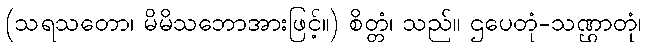
(သရသတော၊ မိမိသဘောအားဖြင့်။) စိတ္တံ၊ သည်။ ဌပေတုံ-သဏ္ဌာတုံ၊